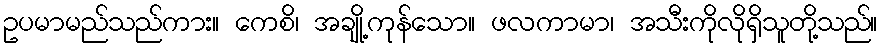
ဥပမာမည်သည်ကား။ ကေစိ၊ အချို့ကုန်သော။ ဖလကာမာ၊ အသီးကိုလိုရှိသူတို့သည်။